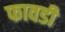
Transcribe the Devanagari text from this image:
फावडी